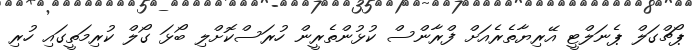
ޕޯޗްގަލް ޕެނަލްޓީ އޭރިޔާތެރެއަށް ފްރާންސް ކުޅުންތެރީން ހުރަސްކޮށްލި ބޯޅަ ގޯލް ކުރިމަތީގައި ހުރި